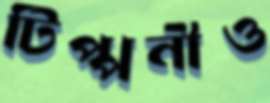
টিপ্পনীও